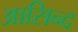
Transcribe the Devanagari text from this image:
आसिन्‍द